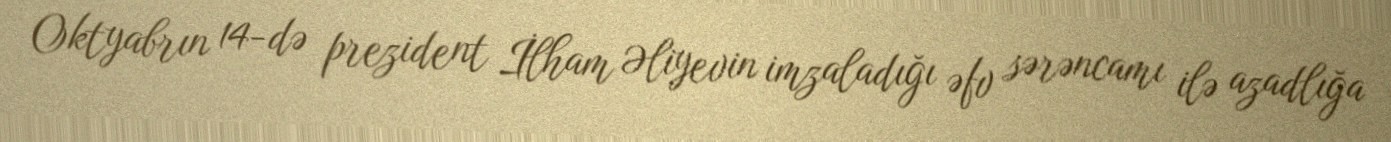
Oktyabrın 14-də prezident İlham Əliyevin imzaladığı əfv sərəncamı ilə azadlığa